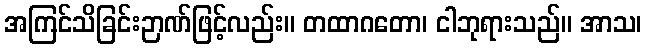
အကြင်သိခြင်းဉာဏ်ဖြင့်လည်း။ တထာဂတော၊ ငါဘုရားသည်။ အာသ၊